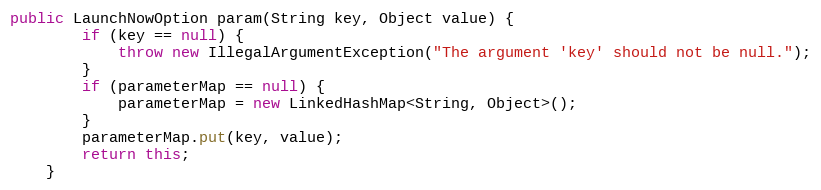
Language: Java
public LaunchNowOption param(String key, Object value) {
        if (key == null) {
            throw new IllegalArgumentException("The argument 'key' should not be null.");
        }
        if (parameterMap == null) {
            parameterMap = new LinkedHashMap<String, Object>();
        }
        parameterMap.put(key, value);
        return this;
    }